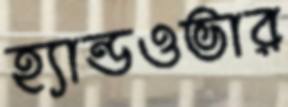
হ্যান্ডওভার